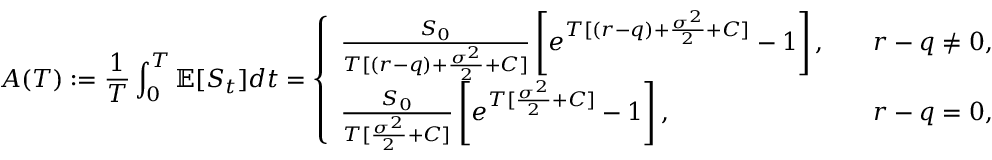
A ( T ) : = \frac { 1 } { T } \int _ { 0 } ^ { T } \mathbb { E } [ S _ { t } ] d t = \left\{ \begin{array} { l l } { \frac { S _ { 0 } } { T [ ( r - q ) + \frac { \sigma ^ { 2 } } { 2 } + C ] } \left[ e ^ { T [ ( r - q ) + \frac { \sigma ^ { 2 } } { 2 } + C ] } - 1 \right] , } & { \quad r - q \neq 0 , } \\ { \frac { S _ { 0 } } { T [ \frac { \sigma ^ { 2 } } { 2 } + C ] } \left[ e ^ { T [ \frac { \sigma ^ { 2 } } { 2 } + C ] } - 1 \right] , } & { \quad r - q = 0 , } \end{array} \right.